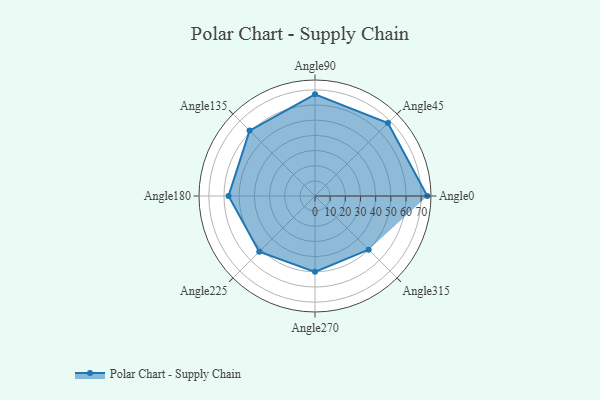
{"axis": {"x": "Angle", "y": "Radius"}, "legend": [""], "data": [{"x": "Angle0", "y": 74.0, "type": ""}, {"x": "Angle45", "y": 68.0, "type": ""}, {"x": "Angle90", "y": 67.0, "type": ""}, {"x": "Angle135", "y": 61.0, "type": ""}, {"x": "Angle180", "y": 57.0, "type": ""}, {"x": "Angle225", "y": 52.0, "type": ""}, {"x": "Angle270", "y": 50, "type": ""}, {"x": "Angle315", "y": 50, "type": ""}]}